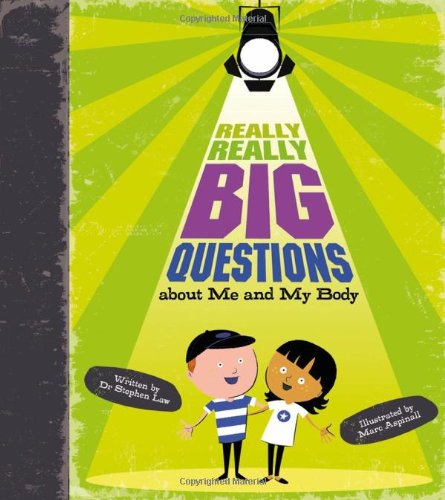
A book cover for Really, Really Big Questions About Me and my Body; Stephen Law; Children's Books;